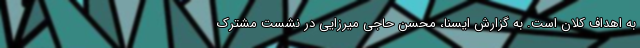
به اهداف کلان است. به گزارش ایسنا، محسن حاجی میرزایی در نشست مشترک